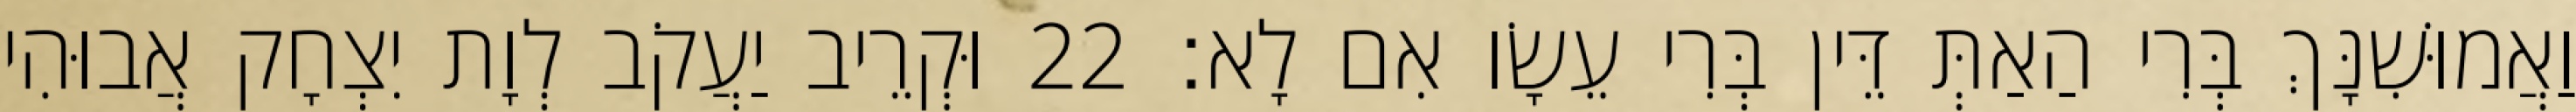
וַאֲמוּשִׁנָּךְ בְּרִי הַאַתְּ דֵּין בְּרִי עֵשָׂו אִם לָא׃ 22 וּקְרֵיב יַעֲקֹב לְוָת יִצְחָק אֲבוּהִי